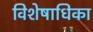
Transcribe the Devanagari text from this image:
विशेषाधिका